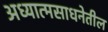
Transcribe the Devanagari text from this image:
अध्यात्मसाधनेतील